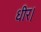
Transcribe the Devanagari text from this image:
धीर।